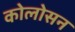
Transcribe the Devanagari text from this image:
कोलोसन